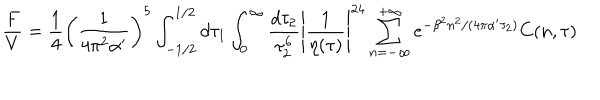
\frac { F } { V } = \frac { 1 } { 4 } \left( \frac { 1 } { 4 \pi ^ { 2 } \alpha ^ { \prime } } \right) ^ { 5 } \int _ { - 1 / 2 } ^ { 1 / 2 } d \tau _ { 1 } \int _ { 0 } ^ { \infty } \frac { d \tau _ { 2 } } { \tau _ { 2 } ^ { 6 } } \left| \frac { 1 } { \eta ( \tau ) } \right| ^ { 2 4 } \sum _ { n = - \infty } ^ { + \infty } e ^ { - \beta ^ { 2 } n ^ { 2 } / ( 4 \pi \alpha ^ { \prime } \tau _ { 2 } ) } C ( n , \tau )